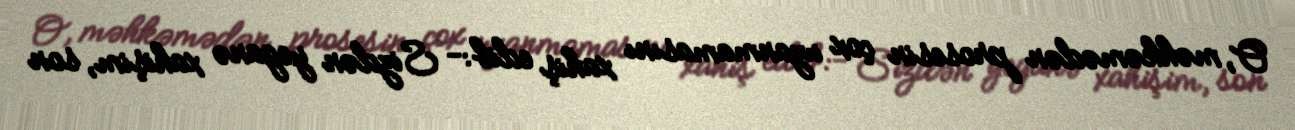
O, məhkəmədən prosesin çox uzanmamasını xahiş edib:- Sizdən yeganə xahişim, son